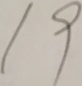
1 9